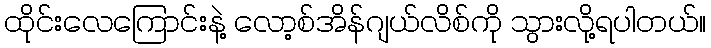
ထိုင်းလေကြောင်းနဲ့ လော့စ်အိန်ဂျယ်လိစ်ကို သွားလို့ရပါတယ်။